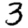
Digit: 3